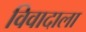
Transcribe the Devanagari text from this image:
विवादाला